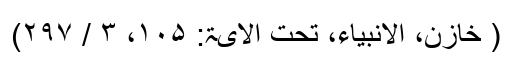
( خازن، الانبیاء، تحت الآیۃ: ۱۰۵، ۳ / ۲۹۷)